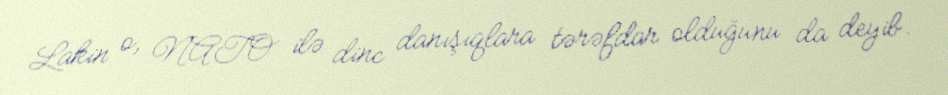
Lakin o, NATO ilə dinc danışıqlara tərəfdar olduğunu da deyib.